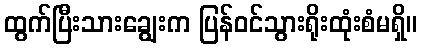
ထွက်ပြီးသားချွေးက ပြန်ဝင်သွားရိုးထုံးစံမရှိ။